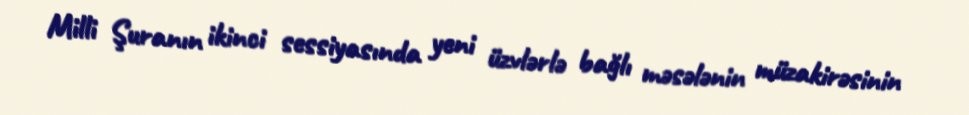
Milli Şuranın ikinci sessiyasında yeni üzvlərlə bağlı məsələnin müzakirəsinin